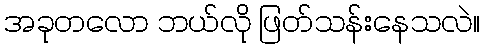
အခုတလော ဘယ်လို ဖြတ်သန်းနေသလဲ။